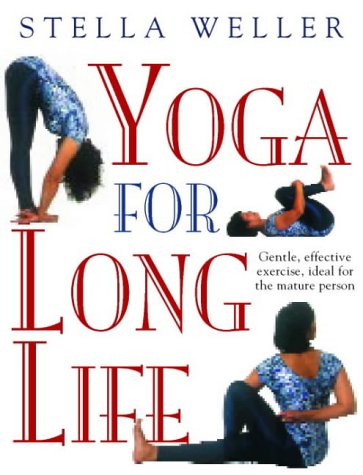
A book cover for Yoga for Long Life: Gentle, Effective Exercise; Ideal for the Mature Person; Stella Weller; Health, Fitness & Dieting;